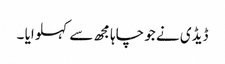
ڈیڈی نے جو چاہا مجھ سے کہلوایا ۔